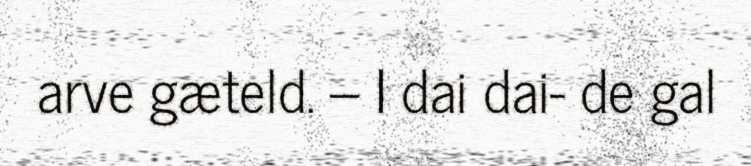
arve gæteld. – I dai dai- de gal